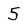
Character: 5